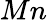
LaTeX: Mn